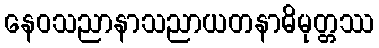
နေဝသညာနာသညာယတနာဓိမုတ္တဿ